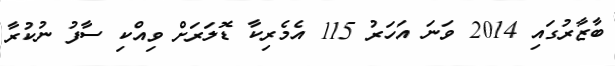
ބާޒާރުގައި 2014 ވަނަ އަހަރު 115 އެމެރިކާ ޑޮލަރަށް ވިއްކި ސާފު ނުކުރާ